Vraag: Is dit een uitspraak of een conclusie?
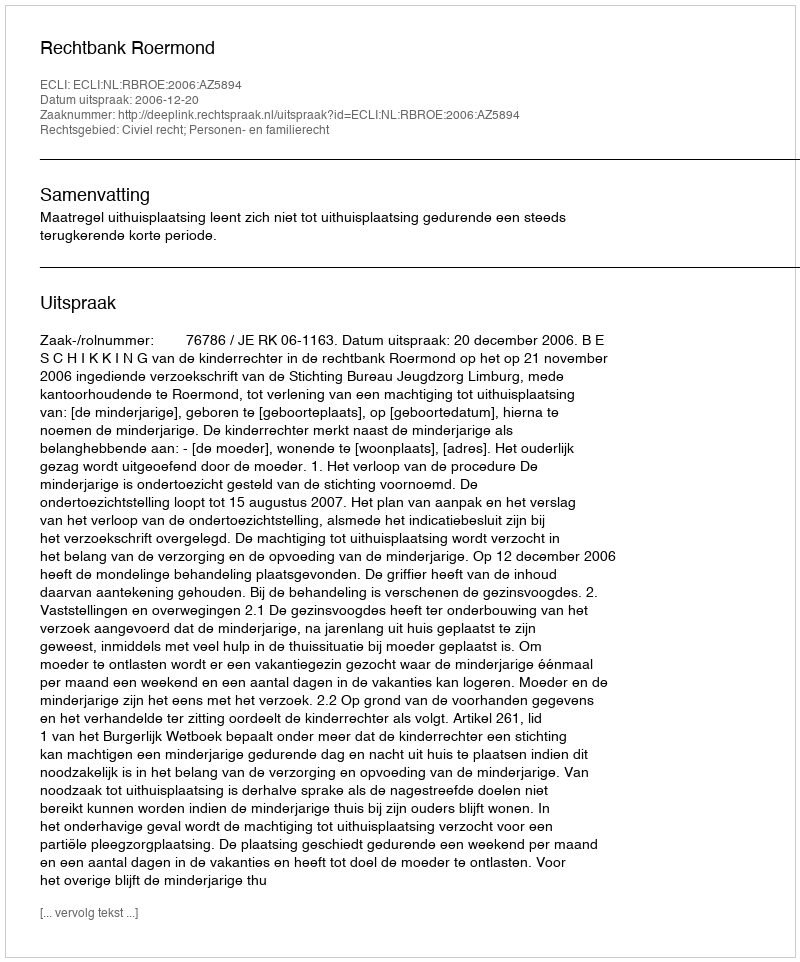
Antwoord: Uitspraak